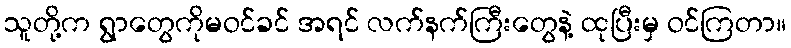
သူတို့က ရွာတွေကိုမဝင်ခင် အရင် လက်နက်ကြီးတွေနဲ့ ထုပြီးမှ ဝင်ကြတာ။